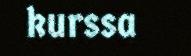
kurssa